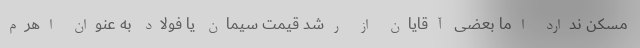
مسکن ندارد اما بعضی آقایان از رشد قیمت سیمان یا فولاد به عنوان اهرم